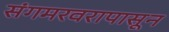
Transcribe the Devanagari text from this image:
संगमरवरापासून